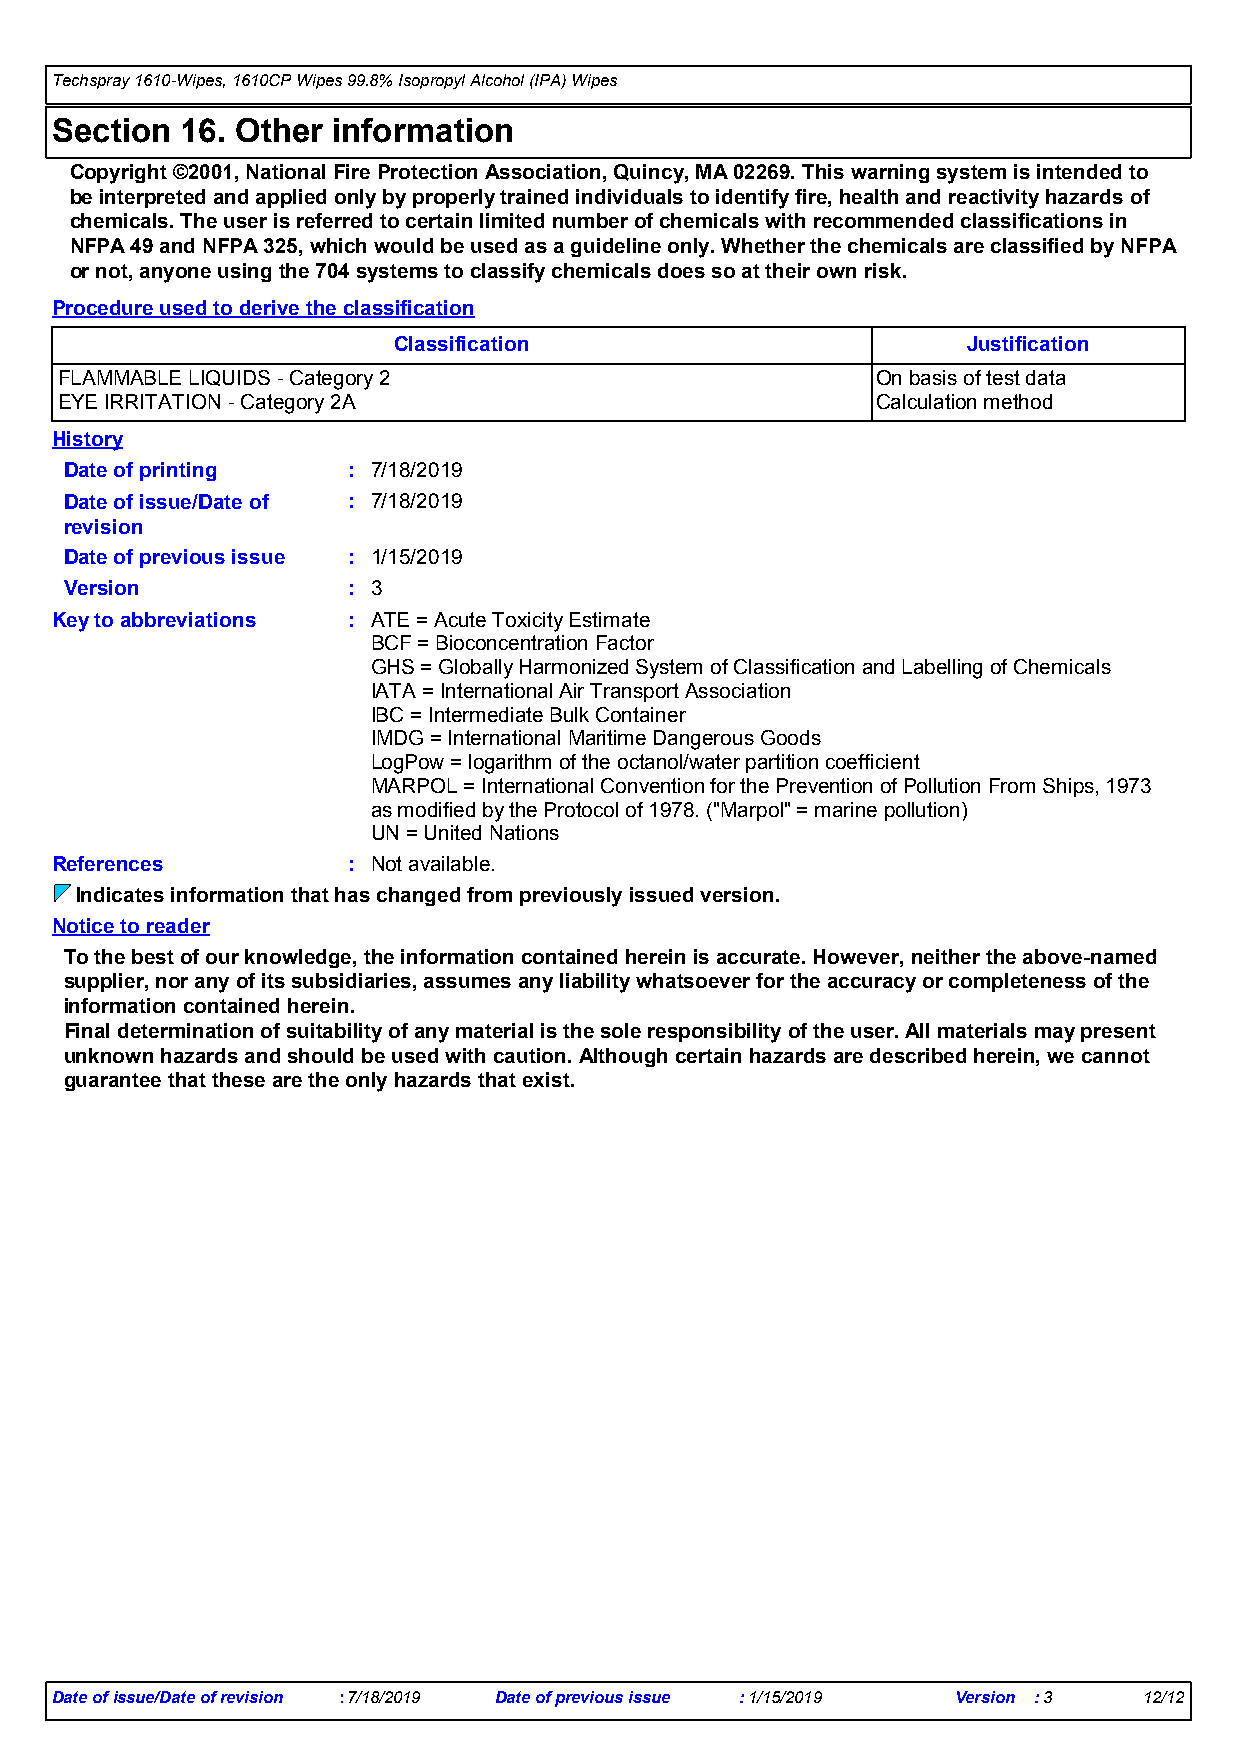
Techspray 1610-Wipes, 1610CP Wipes 99.8% Isopropyl Alcohol (IPA) Wipes
 Section  16. Other information
 Copyright ©2001, National Fire Protection Association, Quincy, MA 02269. This warning system is intended to
 be interpreted and applied only by properly trained individuals to identify fire, health and reactivity hazards of
 chemicals. The user is referred to certain limited number of chemicals with recommended classifications in
 NFPA 49 and NFPA 325, which would be used as a guideline only. Whether the chemicals are classified by NFPA
 or not, anyone using the 704 systems to classify chemicals does so at their own risk.
 Procedure used to derive the classification
 Classification                        Justification
 FLAMMABLE LIQUIDS - Category 2                        On basis of test data
 EYE IRRITATION - Category 2A                          Calculation method
 History
 Date of printing   : 7/18/2019
 Date of issue/Date of : 7/18/2019
 revision
 Date of previous issue : 1/15/2019
 Version            : 3
 Key to abbreviations : ATE = Acute Toxicity Estimate
 BCF = Bioconcentration Factor
 GHS = Globally Harmonized System of Classification and Labelling of Chemicals
 IATA = International Air Transport Association
 IBC = Intermediate Bulk Container
 IMDG = International Maritime Dangerous Goods
 LogPow = logarithm of the octanol/water partition coefficient
 MARPOL = International Convention for the Prevention of Pollution From Ships, 1973
 as modified by the Protocol of 1978. ("Marpol" = marine pollution)
 UN = United Nations
 References          : Not available.
 Indicates information that has changed from previously issued version.
 Notice to reader
 To the best of our knowledge, the information contained herein is accurate. However, neither the above-named
 supplier, nor any of its subsidiaries, assumes any liability whatsoever for the accuracy or completeness of the
 information contained herein.
 Final determination of suitability of any material is the sole responsibility of the user. All materials may present
 unknown hazards and should be used with caution. Although certain hazards are described herein, we cannot
 guarantee that these are the only hazards that exist.
 Date of issue/Date of revision :7/18/2019 Date of previous issue :1/15/2019 Version :3 12/12